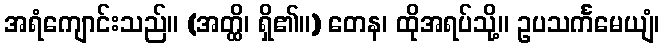
အရံကျောင်းသည်။ (အတ္ထိ၊ ရှိ၏။) တေန၊ ထိုအရပ်သို့။ ဥပသင်္ကမေယျံ၊